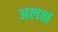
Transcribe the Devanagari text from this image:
अलक्ष